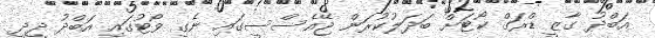
އަބްދު ގާޒީ ޑްރަގް ކޯޓަށް ބަދަލުކުރަން ޖޭއެސްސީގައި ނެގި ވޯޓުގައި އަބްދު ދީދީ